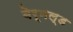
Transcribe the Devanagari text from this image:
बेर्नल्ड